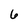
Character: 6